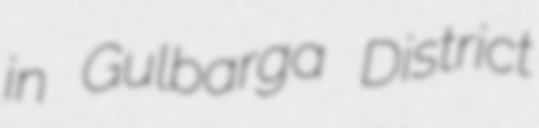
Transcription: in Gulbarga District